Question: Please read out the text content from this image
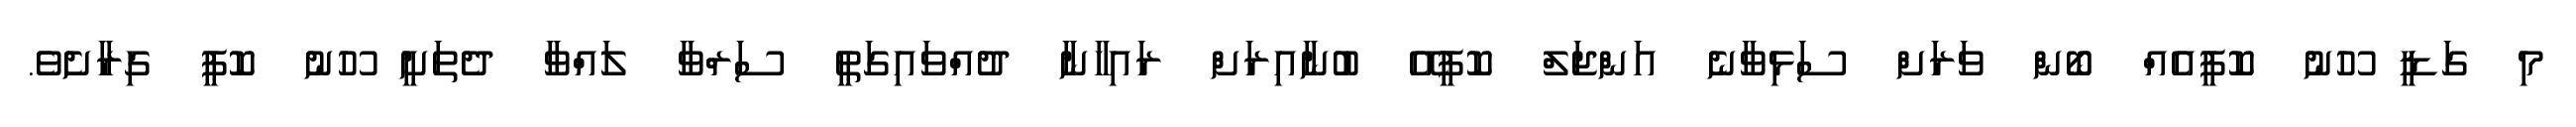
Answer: މި ގަޑީ ހޫނު ކޮފީއެއް ބޯން ވަރަށް ސަޅިވާނެ އަންޖަލް ކޮފީއޭ ބުނާއިރަށް ރައިހާނާ ދުއްވައިގަތީ ސަރްވާ ލައްވާ ދެތަށީ ހޫނު ކޮފީ ގިރާށެވެ.